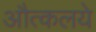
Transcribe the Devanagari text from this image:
औत्कलये